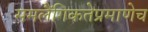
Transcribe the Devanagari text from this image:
समलैंगिकतेप्रमाणेच